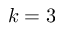
k = 3